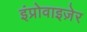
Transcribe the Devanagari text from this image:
इंप्रोवाइज़ेर